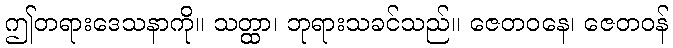
ဤတရားဒေသနာကို။ သတ္ထာ၊ ဘုရားသခင်သည်။ ဇေတဝနေ၊ ဇေတဝန်